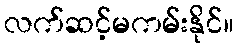
လက်ဆင့်မကမ်းနိုင်။